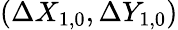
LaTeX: (\Delta X_{1,0},\Delta Y_{1,0})